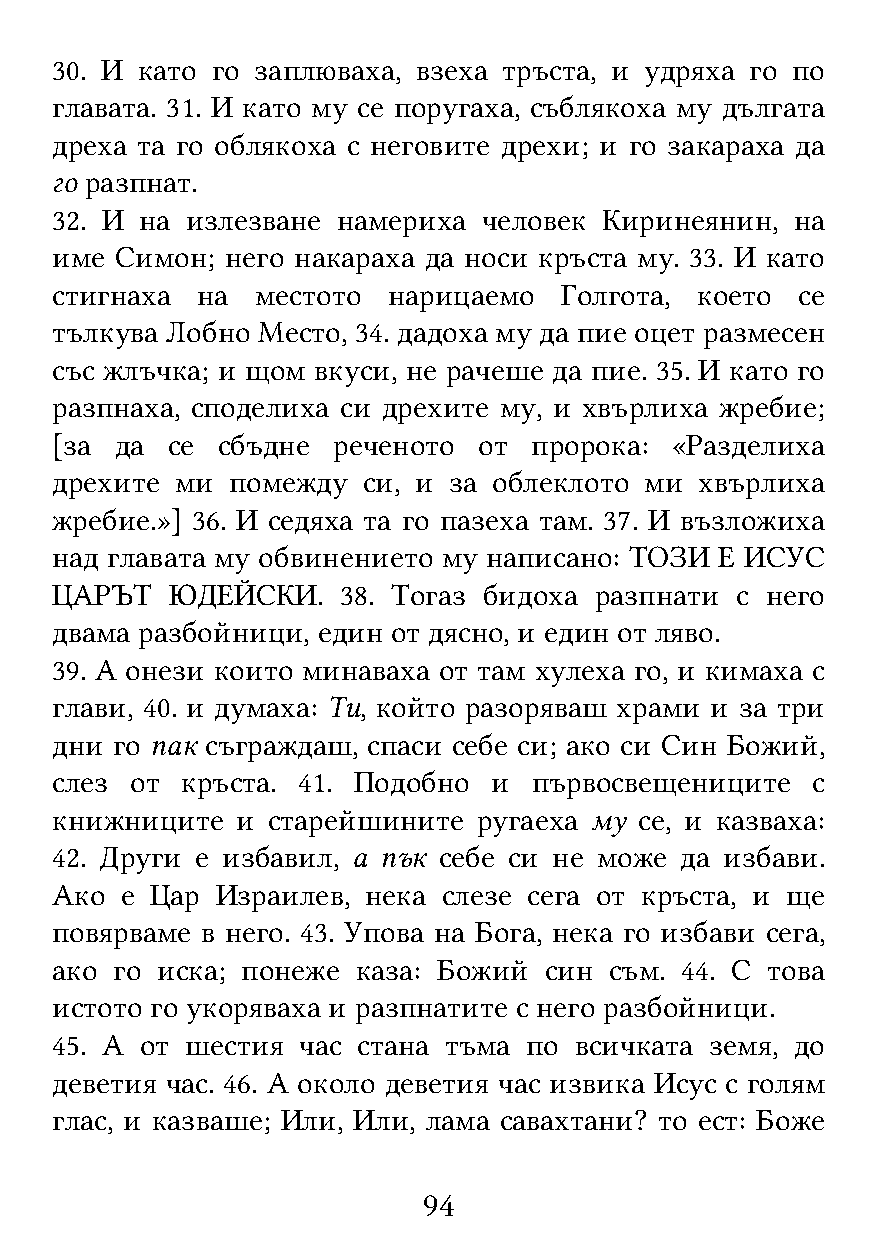
30. И като го заплюваха, взеха тръста, и удряха го по
 главата. 31. И като му се поругаха, съблякоха му дългата
 дреха та го облякоха с неговите дрехи; и го закараха да
 го разпнат.
 32. И на излезване намериха  человек Киринеянин,  на
 име  Симон; него накараха да носи кръста му. 33. И като
 стигнаха  на  местото  нарицаемо  Голгота, което  се
 тълкува Лобно Место, 34. дадоха му да пие оцет размесен
 със жлъчка; и щом вкуси, не рачеше да пие. 35. И като го
 разпнаха, споделиха си дрехите му, и хвърлиха жребие;
 [за  да се сбъдне  реченото  от пророка: «Разделиха
 дрехите  ми помежду  си, и за облеклото ми хвърлиха
 жребие.»] 36. И седяха та го пазеха там. 37. И възложиха
 над главата му обвинението му написано: ТОЗИ Е ИСУС
 ЦАРЪТ   ЮДЕЙСКИ.    38. Тогаз бидоха разпнати с него
 двама разбойници, един от дясно, и един от ляво.
 39. А онези които минаваха от там хулеха го, и кимаха с
 глави, 40. и думаха: Ти, който разоряваш храми и за три
 дни го пак съграждаш, спаси себе си; ако си Син Божий,
 слез  от кръста. 41. Подобно  и първосвещениците   с
 книжниците   и старейшините  ругаеха му се, и казваха:
 42. Други е избавил, а пък себе си не може да избави.
 Ако  е Цар Израилев, нека слезе сега от кръста, и ще
 повярваме в него. 43. Упова на Бога, нека го избави сега,
 ако го иска; понеже  каза: Божий син съм. 44. С това
 истото го укоряваха и разпнатите с него разбойници.
 45. А от шестия  час стана тъма по всичката земя, до
 деветия час. 46. А около деветия час извика Исус с голям
 глас, и казваше; Или, Или, лама савахтани? то ест: Боже
 94